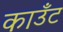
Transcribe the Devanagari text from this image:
काउँट